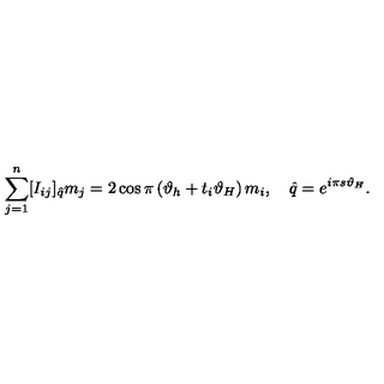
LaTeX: \sum _ { j = 1 } ^ { n } [ I _ { i j } ] _ { \hat { q } } m _ { j } = 2 \cos \pi \left( \vartheta _ { h } + t _ { i } \vartheta _ { H } \right) m _ { i } , \quad \hat { q } = e ^ { i \pi s \vartheta _ { H } } .